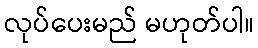
လုပ်ပေးမည် မဟုတ်ပါ။